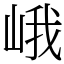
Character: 峨